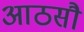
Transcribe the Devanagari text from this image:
आठसौ